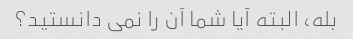
بله، البته آیا شما آن را نمی دانستید؟